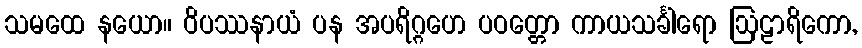
သမထေ နယော။ ဝိပဿနာယံ ပန အပရိဂ္ဂဟေ ပဝတ္တော ကာယသင်္ခါရော ဩဠာရိကော,